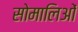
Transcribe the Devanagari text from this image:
सोमालिओं